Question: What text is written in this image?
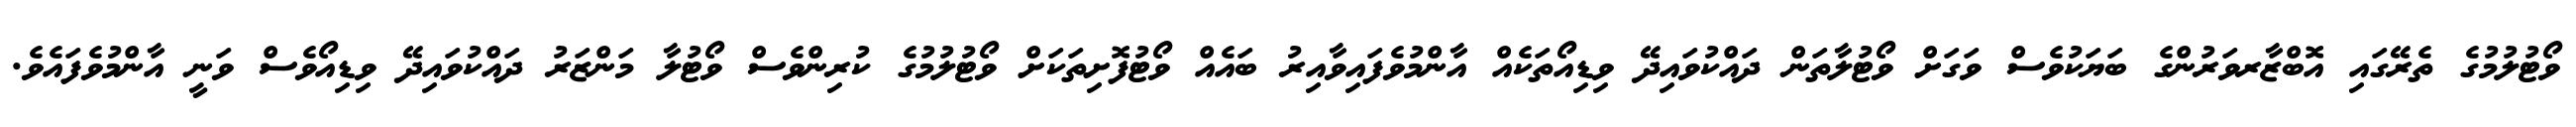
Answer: ވޯޓުލުމުގެ ތެރޭގައި އޮބްޒާރވަރުންގެ ބަޔަކުވެސް ވަގަށް ވޯޓުލާތަން ދައްކުވައިދޭ ވިޑިއޯތަކެއް އާންމުވެފައިވާއިރު ބައެއް ވޯޓުފޮށިތަކަށް ވޯޓުލުމުގެ ކުރިންވެސް ވޯޓުލާ މަންޒަރު ދައްކުވައިދޭ ވިޑިއޯވެސް ވަނީ އާންމުވެފައެވެ.